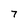
Character: 7